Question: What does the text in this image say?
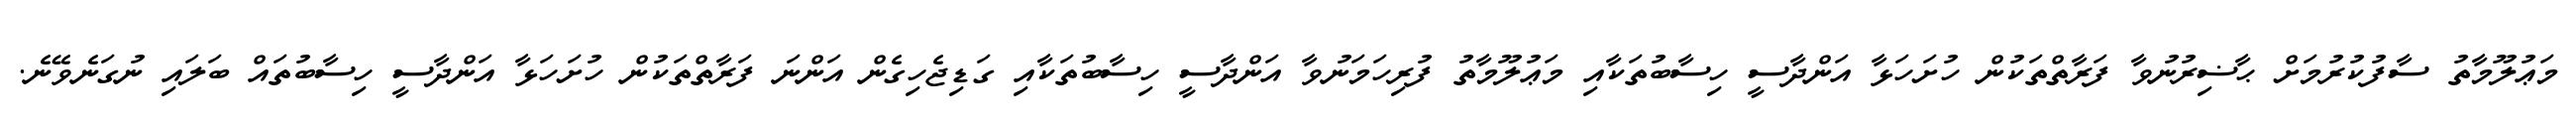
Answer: މަޢުލޫމާތު ސާފުކުރުމަށް ޙާޟިރުނުވާ ފަރާތްތަކުން ހުށަހަޅާ އަންދާސީ ހިސާބުތަކާއި މަޢުލޫމާތު ފުރިހަމަނުވާ އަންދާސީ ހިސާބުތަކާއި ގަޑިޖެހިގެން އަންނަ ފަރާތްތަކުން ހުށަހަޅާ އަންދާސީ ހިސާބުތައް ބަލައި ނުގަނެވޭނެ.